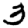
Digit: 3